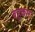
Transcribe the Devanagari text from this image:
बहुकार